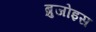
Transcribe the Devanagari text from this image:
ब्रुजोइस